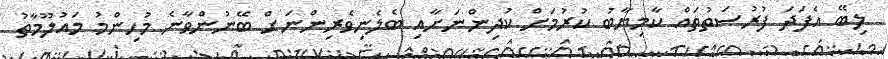
ލިބޭ އެފަދަ ފުރުސަތުތައް ކާމިޔާބު ކުރުމަށް ކުދިންނަށާއި ބެލެނިވެރިންނަށް ބޭނުންވާނެ މުހިންމު މައުލޫމާތު